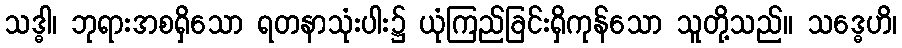
သဒ္ဓါ၊ ဘုရားအစရှိသော ရတနာသုံးပါး၌ ယုံကြည်ခြင်းရှိကုန်သော သူတို့သည်။ သဒ္ဓေဟိ၊